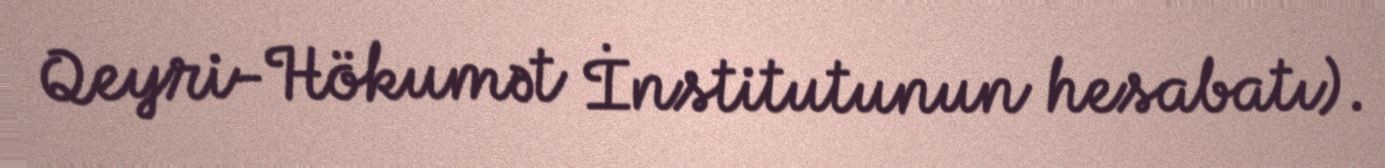
Qeyri-Hökumət İnstitutunun hesabatı).